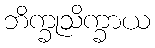
ဘိက္ခုသိက္ခာယ